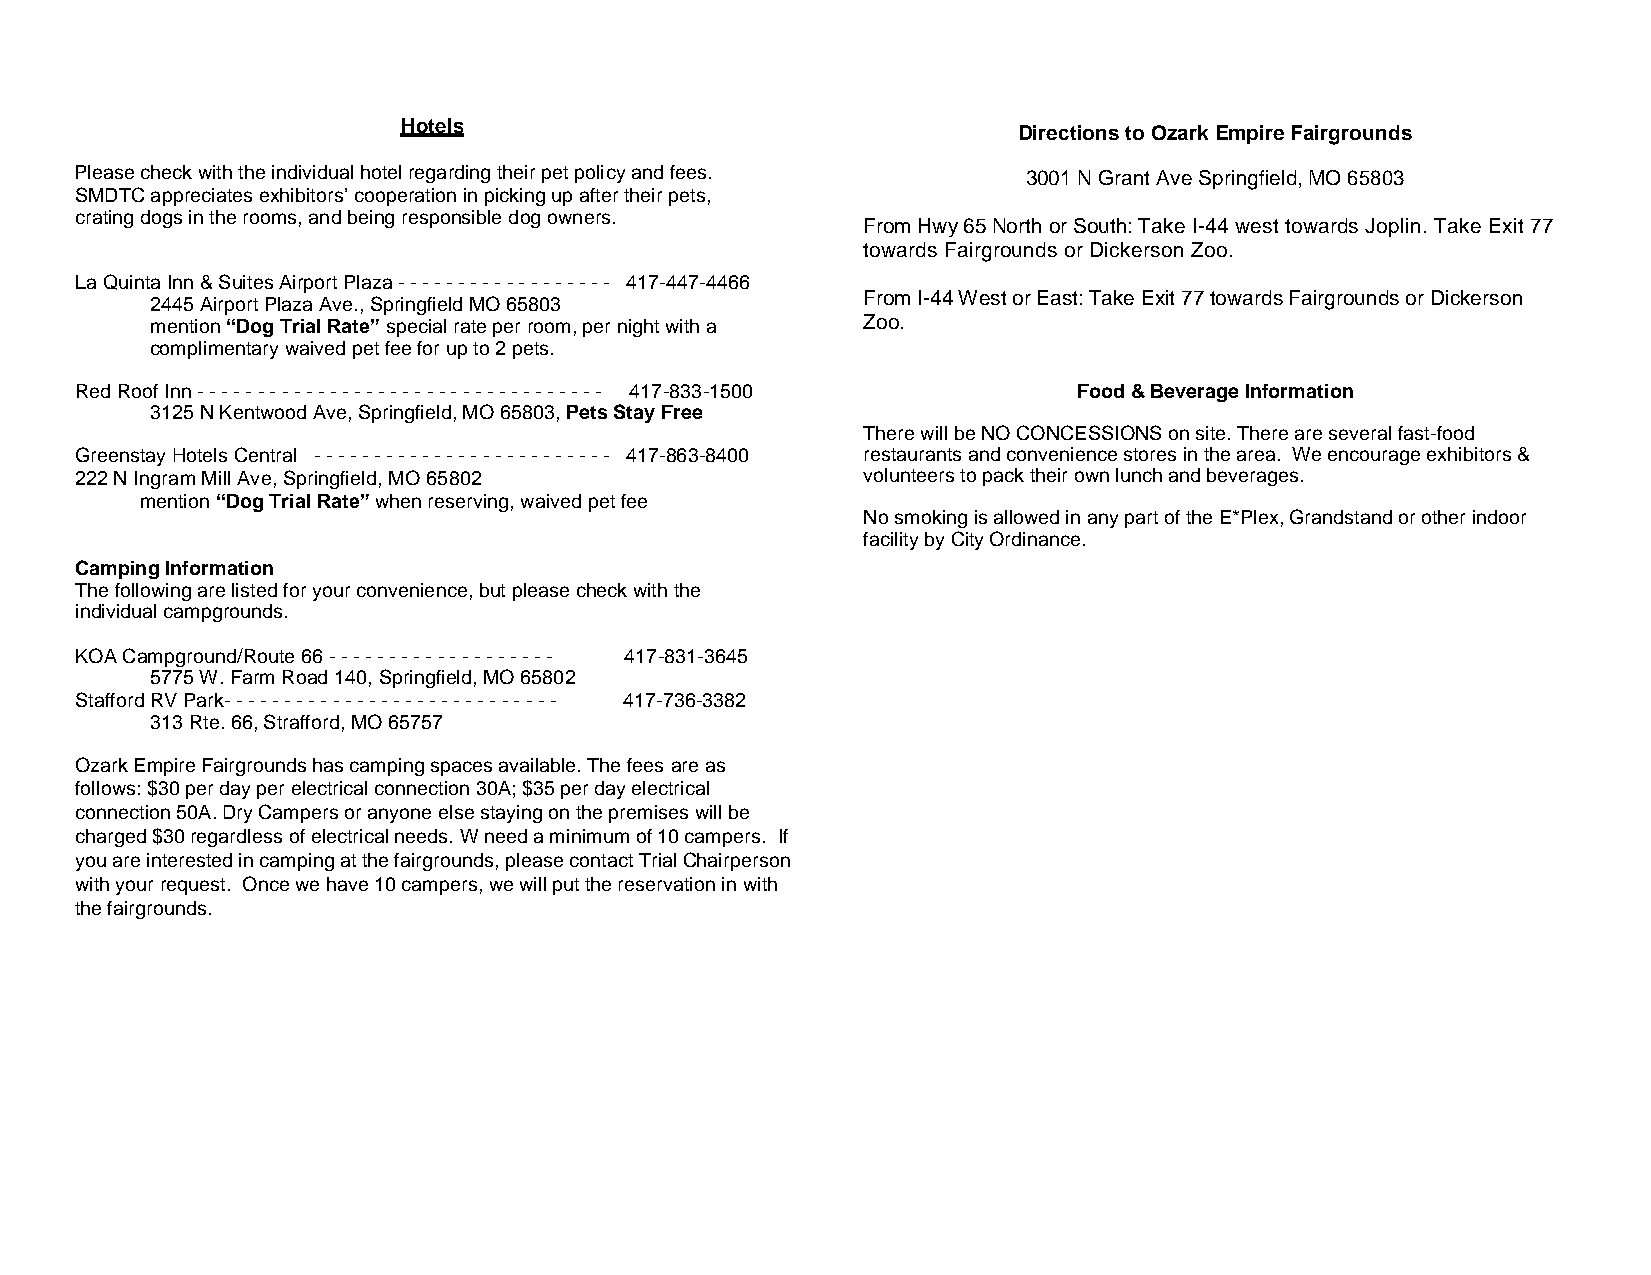
Hotels
 Directions to Ozark Empire Fairgrounds
 Please check with the individual hotel regarding their pet policy and fees. 3001 N Grant Ave Springfield, MO 65803
 SMDTC appreciates exhibitors’ cooperation in picking up after their pets,
 crating dogs in the rooms, and being responsible dog owners.
 From Hwy 65 North or South: Take I-44 west towards Joplin. Take Exit 77
 towards Fairgrounds or Dickerson Zoo.
 La Quinta Inn & Suites Airport Plaza - - - - - - - - - - - - - - - - - - 417-447-4466
 From I-44 West or East: Take Exit 77 towards Fairgrounds or Dickerson
 2445 Airport Plaza Ave., Springfield MO 65803
 mention “Dog Trial Rate” special rate per room, per night with a Zoo.
 complimentary waived pet fee for up to 2 pets.
 Red Roof Inn - - - - - - - - - - - - - - - - - - - - - - - - - - - - - - - - - - 417-833-1500 Food & Beverage Information
 3125 N Kentwood Ave, Springfield, MO 65803, Pets Stay Free
 There will be NO CONCESSIONS on site. There are several fast-food
 Greenstay Hotels Central - - - - - - - - - - - - - - - - - - - - - - - - - 417-863-8400 restaurants and convenience stores in the area. We encourage exhibitors &
 222 N Ingram Mill Ave, Springfield, MO 65802        volunteers to pack their own lunch and beverages.
 mention “Dog Trial Rate” when reserving, waived pet fee
 No smoking is allowed in any part of the E*Plex, Grandstand or other indoor
 facility by City Ordinance.
 Camping Information
 The following are listed for your convenience, but please check with the
 individual campgrounds.
 KOA Campground/Route 66 - - - - - - - - - - - - - - - - - - - 417-831-3645
 5775 W. Farm Road 140, Springfield, MO 65802
 Stafford RV Park- - - - - - - - - - - - - - - - - - - - - - - - - - - - 417-736-3382
 313 Rte. 66, Strafford, MO 65757
 Ozark Empire Fairgrounds has camping spaces available. The fees are as
 follows: $30 per day per electrical connection 30A; $35 per day electrical
 connection 50A. Dry Campers or anyone else staying on the premises will be
 charged $30 regardless of electrical needs. W need a minimum of 10 campers. If
 you are interested in camping at the fairgrounds, please contact Trial Chairperson
 with your request. Once we have 10 campers, we will put the reservation in with
 the fairgrounds.